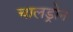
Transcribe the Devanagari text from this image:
चालड्रोन